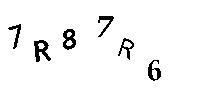
7R87R6